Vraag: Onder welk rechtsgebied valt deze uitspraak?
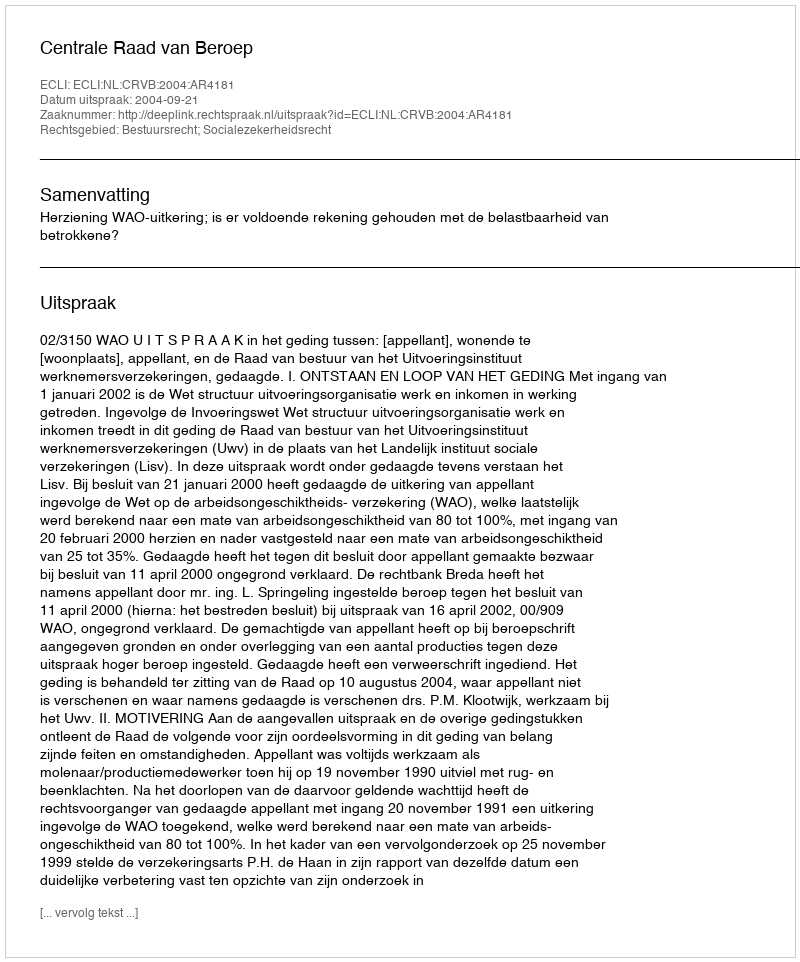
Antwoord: Bestuursrecht; Socialezekerheidsrecht